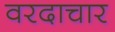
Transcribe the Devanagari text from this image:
वरदाचार